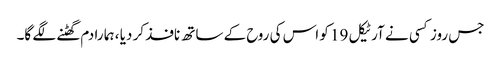
جس روز کسی نے آرٹیکل 19 کو اس کی روح کے ساتھ نافذ کر دیا ، ہما را دم گھٹنے لگے گا۔